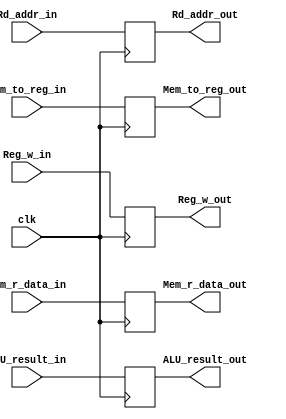
module MEM_WB
(
    input [31:0] Mem_r_data_in,
    input [31:0] ALU_result_in,
    input [4:0] Rd_addr_in,
    input Reg_w_in,
    input Mem_to_reg_in,
    input clk,
    output reg [31:0] Mem_r_data_out,
    output reg [31:0] ALU_result_out,
    output reg [4:0] Rd_addr_out,
    output reg Mem_to_reg_out,
    output reg Reg_w_out
);

    always @(negedge clk)
    begin
        Mem_r_data_out <= Mem_r_data_in;
        Rd_addr_out <= Rd_addr_in;
        Reg_w_out <= Reg_w_in;
        Mem_to_reg_out <= Mem_to_reg_in;
        ALU_result_out <= ALU_result_in;
    end

endmodule